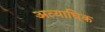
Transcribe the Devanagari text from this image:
अत्याधि्क